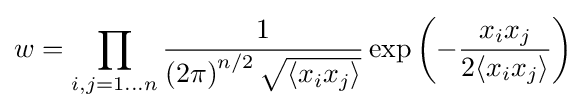
w=\prod _{i,j=1\ldots n}{\frac {1}{\left(2\pi \right)^{n/2}{\sqrt {\langle x_{i}x_{j}\rangle }}}}\exp \left(-{\frac {x_{i}x_{j}}{2\langle x_{i}x_{j}\rangle }}\right)